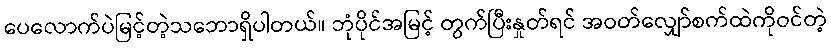
ပေလောက်ပဲမြင့်တဲ့သဘောရှိပါတယ်။ ဘုံပိုင်အမြင့် တွက်ပြီးနှုတ်ရင် အဝတ်လျှော်စက်ထဲကိုဝင်တဲ့